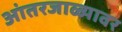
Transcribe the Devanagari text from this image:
आंतरजाळ्यावर